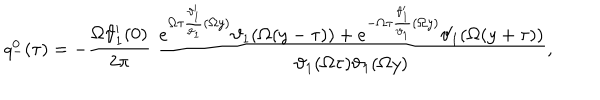
q _ { - } ^ { 0 } ( \tau ) = - \frac { \Omega \vartheta _ { 1 } ^ { \prime } ( 0 ) } { 2 \pi } ~ \frac { e ^ { \Omega \tau \frac { \vartheta _ { 1 } ^ { \prime } } { \vartheta _ { 1 } } ( \Omega y ) } \vartheta _ { 1 } ( \Omega ( y - \tau ) ) + e ^ { - \Omega \tau \frac { \vartheta _ { 1 } ^ { \prime } } { \vartheta _ { 1 } } ( \Omega y ) } \vartheta _ { 1 } ( \Omega ( y + \tau ) ) } { \vartheta _ { 1 } ( \Omega \tau ) \vartheta _ { 1 } ( \Omega y ) } ,